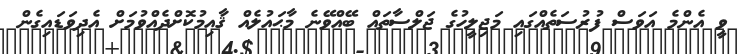
ވީ އެންމެ އަވަސް ފުރުސަތެއްގައި މަޖިލީހުގެ ޖަލްސާތައް ބޭއްވޭނެ މާޙައުލެއް ޤާއިމުކޮށްދެއްވުމަށް އެދިވަޑައިގެން